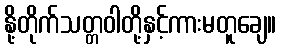
နို့တိုက်သတ္တဝါတို့နှင့်ကားမတူချေ။